Calcutta medical institutions reports 1892-1900
Year: 1892
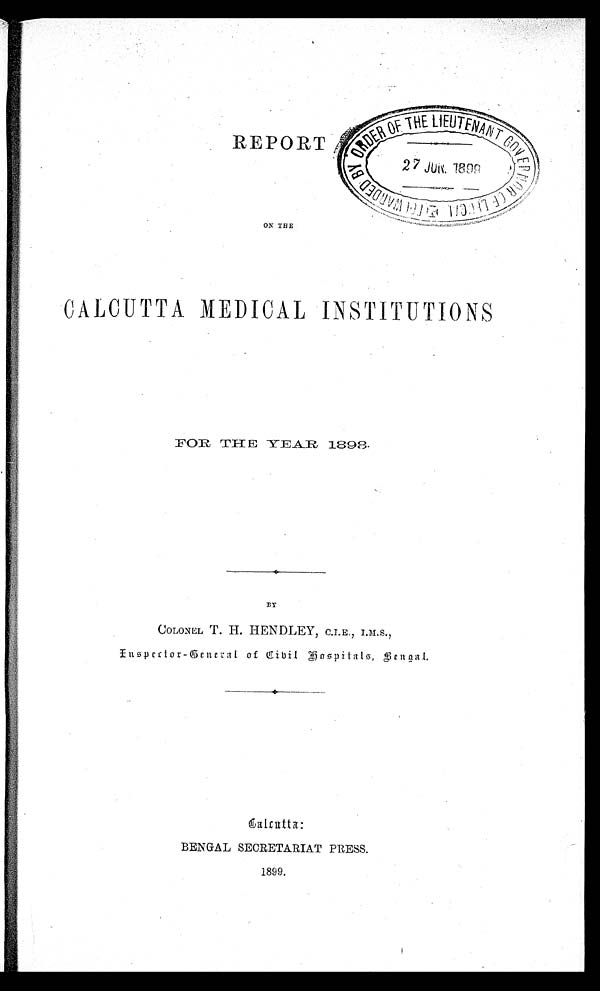
REPOR
ON THE
CALCUTTA MEDICAL INSTITUTIONS
F O R
T H E Y E A R 1 8 9 8 .
BY
COLONEL T. H. HENDLEY, C.I.E., I.M.S.,
Inspector-General of Cibil Hospitals, Bengal.
BENGAL SECRETARIAT PRESS.
1899.